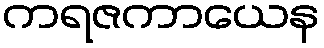
ကရဇကာယေန